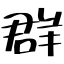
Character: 群